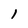
Character: I